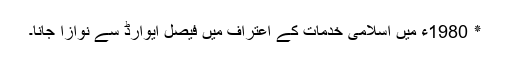
٭ 1980ء میں اسلامی خدمات کے اعتراف میں فیصل ایوارڈ سے نوازا جانا۔